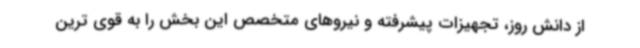
از دانش روز، تجهیزات پیشرفته و نیروهای متخصص این بخش را به قوی ترین